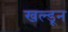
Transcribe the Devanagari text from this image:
खल्डून